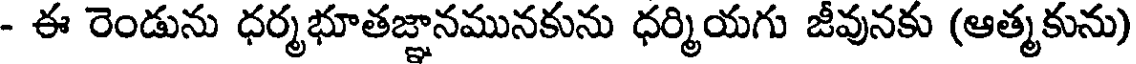
- ఈ రెండును ధర్మభూతజ్ఞానమునకును ధర్మియగు జీవునకు (ఆత్మకును)